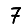
Digit: 7